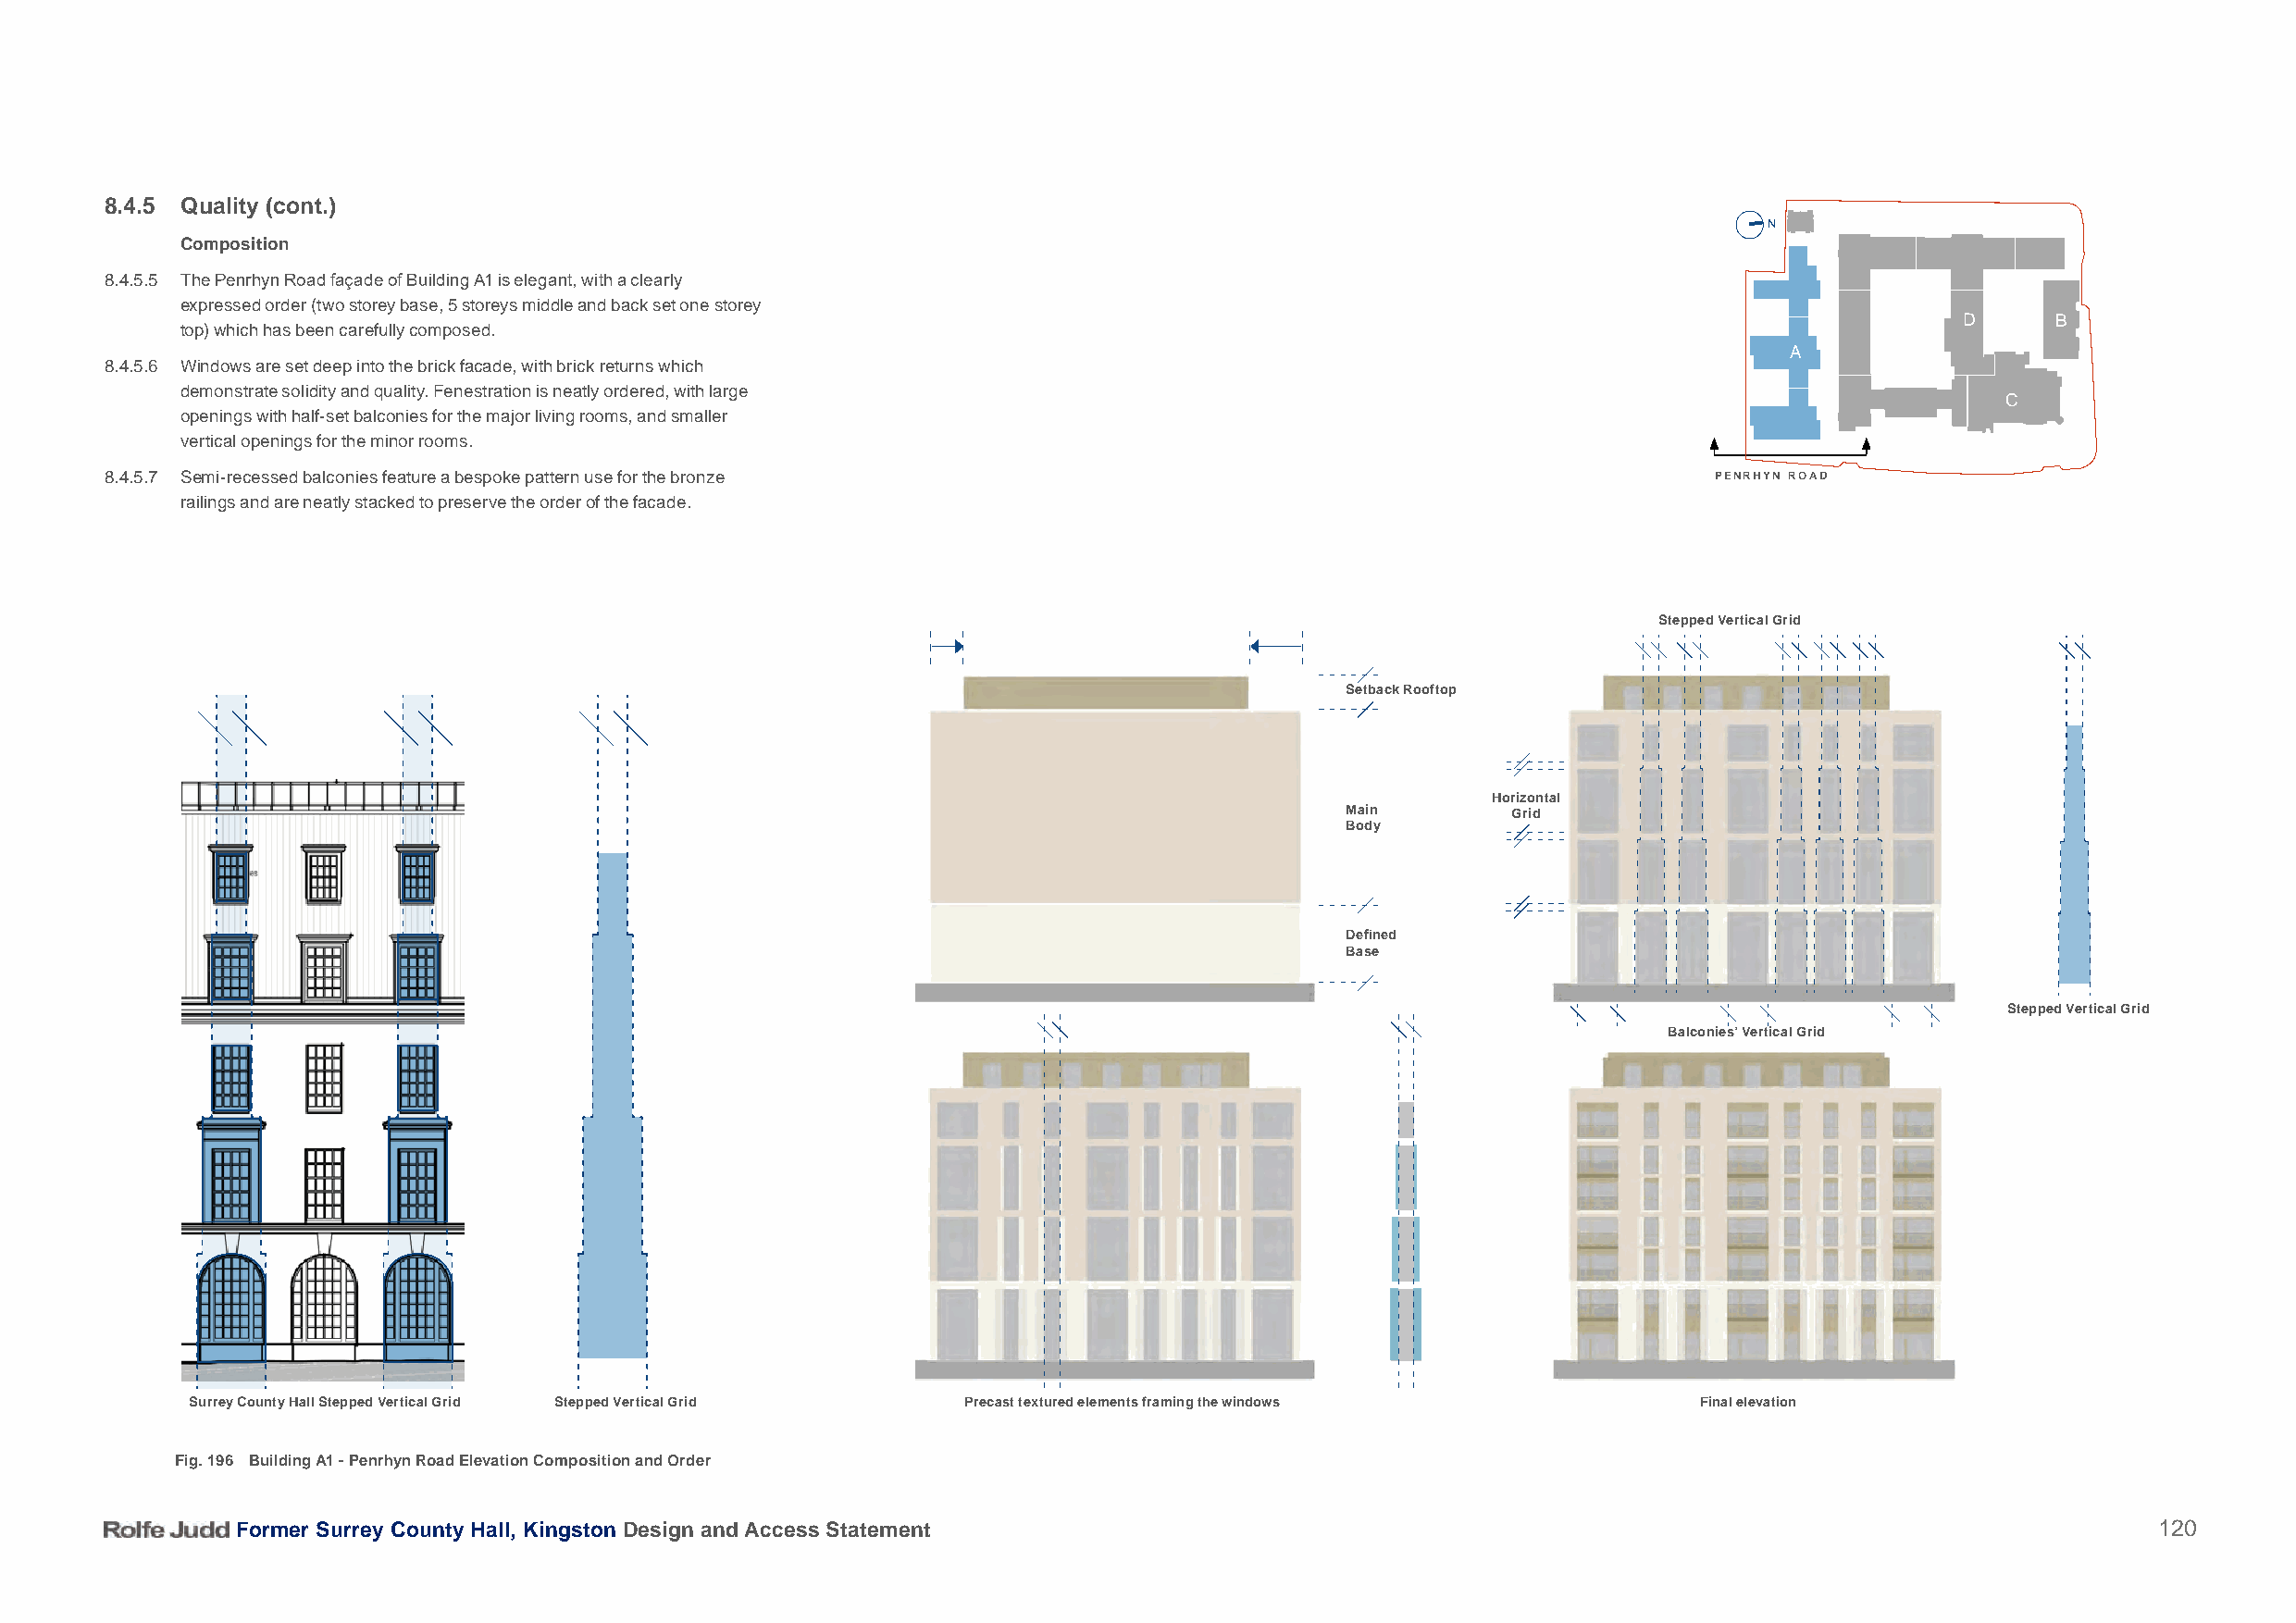
8.4.5 Quality (cont.)
 N
 Composition
 8.4.5.5 The Penrhyn Road façade of Building A1 is elegant, with a clearly
 expressed order (two storey base, 5 storeys middle and back set one storey
 D      B
 top) which has been carefully composed.
 A
 8.4.5.6 Windows are set deep into the brick facade, with brick returns which
 demonstrate solidity and quality. Fenestration is neatly ordered, with large
 C
 openings with half-set balconies for the major living rooms, and smaller
 vertical openings for the minor rooms.
 8.4.5.7 Semi-recessed balconies feature a bespoke pattern use for the bronze                                        PENRHYN ROAD
 railings and are neatly stacked to preserve the order of the facade.
 Stepped Vertical Grid
 Setback Rooftop
 Horizontal
 Main        Grid
 Body
 Defined
 Base
 Stepped Vertical Grid
 Balconies’ Vertical Grid
 Surrey County Hall Stepped Vertical Grid Stepped Vertical Grid Precast textured elements framing the windows Final elevation
 Fig. 196 Building A1 - Penrhyn Road Elevation Composition and Order
 Former Surrey County Hall, Kingston Design and Access Statement                                                                          120